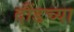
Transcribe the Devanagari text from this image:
दौंडच्या